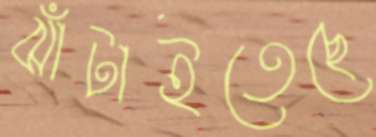
ঝাঁটাইতেছে